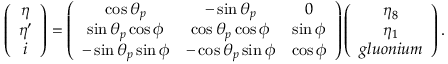
\left( \begin{array} { c } { { \eta } } \\ { { \eta ^ { \prime } } } \\ { { i } } \end{array} \right) = \left( \begin{array} { c c c c } { { \cos { \theta _ { p } } } } & { { - \sin { \theta _ { p } } } } & { { 0 } } \\ { { \sin { \theta _ { p } } \cos { \phi } } } & { { \cos { \theta _ { p } } \cos { \phi } } } & { { \sin { \phi } } } \\ { { - \sin { \theta _ { p } } \sin { \phi } } } & { { - \cos { \theta _ { p } } \sin { \phi } } } & { { \cos { \phi } } } \end{array} \right) \left( \begin{array} { c } { { \eta _ { 8 } } } \\ { { \eta _ { 1 } } } \\ { { g l u o n i u m } } \end{array} \right) .